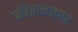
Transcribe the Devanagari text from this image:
प्रतिष्ठाननगर